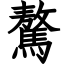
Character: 驁